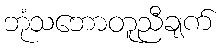
ဘုံသဘောတူညီချက်